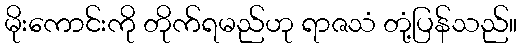
မိုးကောင်းကို တိုက်ရမည်ဟု ရာဇသံ တုံ့ပြန်သည်။